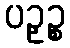
ပဉှဉ္စ